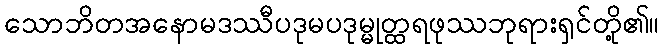
သောဘိတအနောမဒဿီပဒုမပဒုမ္မုတ္ထရဖုဿဘုရားရှင်တို့၏။